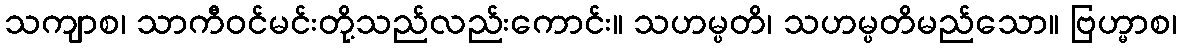
သကျာစ၊ သာကီဝင်မင်းတို့သည်လည်းကောင်း။ သဟမ္ပတိ၊ သဟမ္ပတိမည်သော။ ဗြဟ္မာစ၊